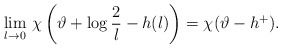
\begin{align*}\lim _{l\rightarrow 0}\, \chi \left( \vartheta +\log \frac{2}{l}-h(l)\right) =\chi (\vartheta -h^{+}).\end{align*}